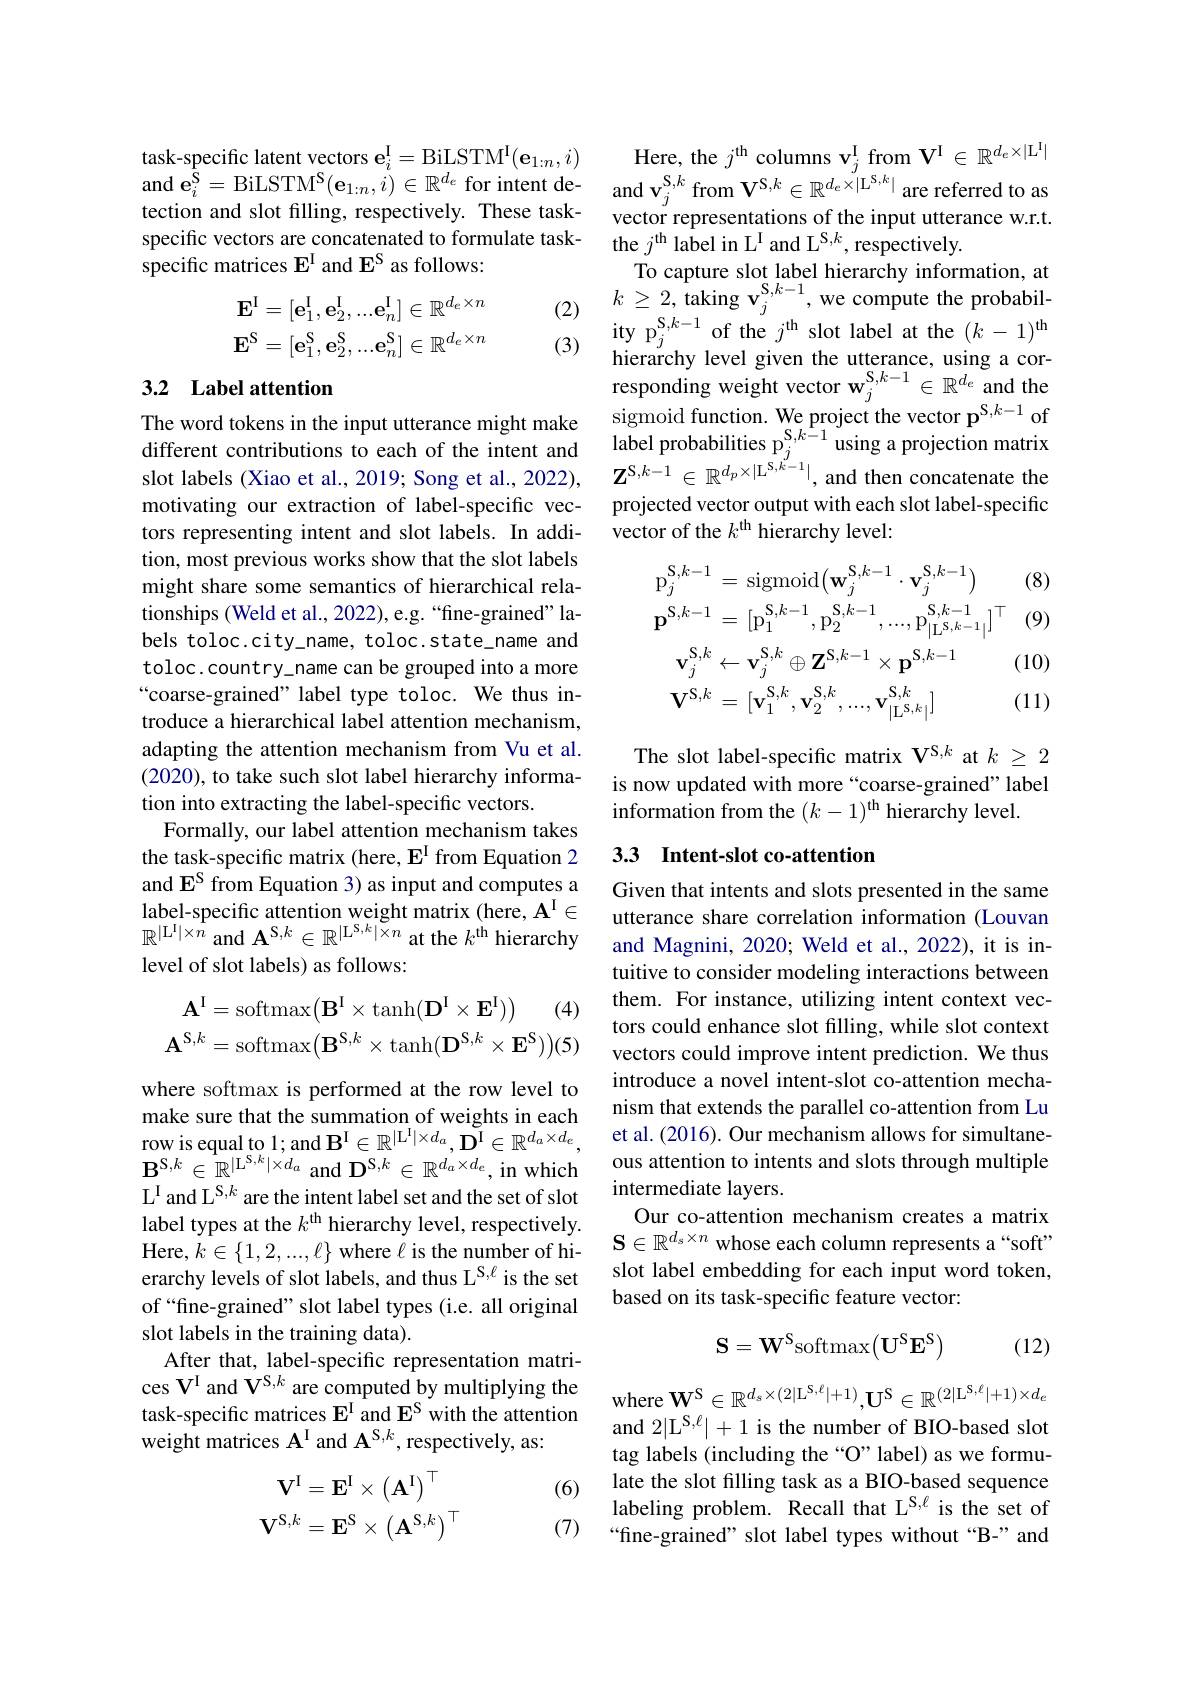
$\mathrm{task-specific~latent~vectors~e}_{i}^{\mathrm{I}}=\mathrm{BiLSTM}^{\mathrm{I}}(\mathbf{e}_{1:n},i)$ and $\mathbf{e}_i^{\hat{\mathrm{S}}}=$BiLSTM$^\mathrm{S}(\mathbf{e}_1:n,i)\in\mathbb{R}^{d_e}$ for intent detection and slot filling, respectively. These taskspecific vectors are concatenated to formulate taskspecific matrices E^I and $\mathbf{E}^\mathrm{S}$ as follows:

(2)
$$\begin{aligned}\mathbf{E}^\mathrm{I}&=[\mathbf{e}_1^\mathrm{I},\mathbf{e}_2^\mathrm{I},...\mathbf{e}_n^\mathrm{I}]\in\mathbb{R}^{d_e\times n}\\\mathbf{E}^\mathrm{S}&=[\mathbf{e}_1^\mathrm{S},\mathbf{e}_2^\mathrm{S},...\mathbf{e}_n^\mathrm{S}]\in\mathbb{R}^{d_e\times n}\end{aligned}$$
(3)

motivating our extraction of label-specific vectors representing intent and slot labels. In addition, most previous works show that the slot labels might share some semantics of hierarchical relationships (Weld et al., 2022), e.g. “fine-grained” labels toloc.city\_name, toloc.state\_name and toloc.country\_name can be grouped into a more “coarse-grained” label type toloc. We thus introduce a hierarchical label attention mechanism, adapting the attention mechanism from Vu et al. (2020), to take such slot label hierarchy information into extracting the label-specific vectors.
Formally, our label attention mechanism takes the task-specific matrix (here, E$^{\mathrm{I}}$ from Equation 2 and $\mathbf{E}^{\mathrm{S}}$ from Equation 3) as input and computes a label-specific attention weight matrix (here, $\mathbf{A}^\mathrm{I}\in$ $\mathbb{R}^{|\mathrm{L}^{\mathrm{I}}|\times\hat{n}}$ and $\mathbf{A}^{\mathrm{S},k}\in\mathbb{R}^{|\mathrm{L}^{\mathrm{S},k}|\times n}$ at the $k^\mathrm{th}$ hierarchy level of slot labels) as follows:
$$\mathbf{A}^{\mathrm{I}}=\mathrm{softmax}\big(\mathbf{B}^{\mathrm{I}}\times\mathrm{tanh}(\mathbf{D}^{\mathrm{I}}\times\mathbf{E}^{\mathrm{I}})\big)\quad(4)\\\mathbf{A}^{\mathrm{S},k}=\mathrm{softmax}\big(\mathbf{B}^{\mathrm{S},k}\times\mathrm{tanh}(\mathbf{D}^{\mathrm{S},k}\times\mathbf{E}^{\mathrm{S}})\big)(5)$$
where softmax is performed at the row level to make sure that the summation of weights in each row is equal to 1; and $\mathbf{B}^{\mathrm{I}}\in\mathbb{R}^{|\mathcal{L}^{\mathrm{I}}|\times d_{a}},\mathbf{D}^{\mathrm{I}}\in\mathbb{R}^{d_{a}\times d_{e}}$, $\mathbf{B}^{\mathrm{S},k}\in\mathbb{R}^{|\mathrm{L}^{\mathrm{S},k}|\times d_{a}}$ and $\mathbf{D}^{\mathrm{S},k}\in\mathbb{R}^{d_{a}\times d_{e}}$, in which L$^{\mathrm{I}}$ and L$^{\mathrm{S},k}$ are the intent label set and the set of slot label types at the $k^\mathrm{th}$ hierarchy level, respectively. Here, $k\in\{1,2,...,\ell\}$ where $\ell$ is the number of hierarchy levels of slot labels, and thus L$^{\mathrm{S},\ell}$ is the set of “fine-grained” slot label types (i.e. all original slot labels in the training data).
After that, label-specific representation matrices V'and V'S,k are computed by multiplying the task-specific matrices $\mathbf{E}^\mathrm{I}$ and $\mathbf{E}^\mathrm{S}$ with the attention weight matrices $\mathbf{A}^\mathrm{I}$ and $\mathbf{A}^\mathrm{S,k}$, respectively, as:

(6)
$$\mathbf{V}^{\mathrm{I}}=\mathbf{E}^{\mathrm{I}}\times\left(\mathbf{A}^{\mathrm{I}}\right)^{\top}\\\mathbf{V}^{\mathrm{S},k}=\mathbf{E}^{\mathrm{S}}\times\left(\mathbf{A}^{\mathrm{S},k}\right)^{\top}$$
(7)

Here, the $j^\mathrm{th}$ columns $\mathbf{v}_j^\mathrm{I}$ from $\mathbf{V}^\mathrm{I}\in\mathbb{R}^{d_e\times|\mathrm{L}^\mathrm{I}|}$ and $\mathbf{v}_{j}^{\mathrm{S,k}}$ from $\mathbf{V}^{\mathrm{S,k}}\in\mathbb{R}^{d_{e}\times|\mathrm{L}^{\mathrm{S,k}}|}$ are referred to as vector representations of the input utterance w.r.t. the $j^\mathrm{th}$ label in L$^\mathrm{I}$ and L$^\mathrm{S,k}$,respectively.
$\begin{array}{ll}{\text{To capture slot label hierarchy information, at}}\\{k\geq2,\text{taking v}_{j}^{\mathrm{S,}k-1},\text{we compute the probabil-}}\\\end{array}$ ity $p_{j}^{\mathrm{S} , k- 1}$ of the $j^{\mathrm{th}}$slot label at the $(k-1)^\mathrm{th}$ hierarchy level given the utterance, using a cor-
$\text{responding weight vector w}_j^{\mathrm{S, }k- 1}\in \mathbb{R} ^{d_e}$ and the The word tokens in the input utterance might make$\text{sigmoid function. Weproject the vector p}^{\mathrm{S, }k- 1}$of different contributions to each of the intent and$\text{label probabilities p}_j$
projected vector output with each slot label-specific
vector of the $k^\mathrm{th}$ hierarchy level:

(8)
$$\begin{aligned}\mathrm{p}_{j}^{\mathrm{S},k-1}&=\mathrm{sigmoid}\big(\mathbf{w}_{j}^{\mathrm{S},k-1}\cdot\mathbf{v}_{j}^{\mathrm{S},k-1}\big)\\\mathbf{p}^{\mathrm{S},k-1}&=[\mathrm{p}_{1}^{\mathrm{S},k-1},\mathrm{p}_{2}^{\mathrm{S},k-1},...,\mathrm{p}_{|\mathrm{L}^{\mathrm{S},k-1}|}^{\mathrm{S},k-1}]^{\top}\\\mathbf{v}_{j}^{\mathrm{S},k}&\leftarrow\mathbf{v}_{j}^{\mathrm{S},k}\oplus\mathbf{Z}^{\mathrm{S},k-1}\times\mathbf{p}^{\mathrm{S},k-1}&\text{(}\\\mathbf{V}^{\mathrm{S},k}&=[\mathbf{v}_{1}^{\mathrm{S},k},\mathbf{v}_{2}^{\mathrm{S},k},...,\mathbf{v}_{|\mathrm{L}^{\mathrm{S},k}|}^{\mathrm{S},k}]&\text{(}\end{aligned}$$
(9)

(10) (11)

The slot label-specific matrix V$^{\mathrm{S},k}$ at $k\geq2$ is now updated with more “coarse-grained” label information from the $(k-1)^\mathrm{th}$ hierarchy level.

## 3.3 Intent-slot co-attention

Given that intents and slots presented in the same utterance share correlation information (Louvan and Magnini, 2020; Weld et al., 2022), it is intuitive to consider modeling interactions between them. For instance, utilizing intent context vectors could enhance slot filling, while slot context vectors could improve intent prediction. We thus introduce a novel intent-slot co-attention mechanism that extends the parallel co-attention from Lu et al. (2016). Our mechanism allows for simultaneous attention to intents and slots through multiple intermediate layers.
Our co-attention mechanism creates a matrix $\mathbf{S}\in\mathbb{R}^{d_s\times n}$ whose each column represents a“soft” slot label embedding for each input word token, based on its task-specific feature vector:
$$\mathbf{S}=\mathbf{W}^\mathrm{S}\text{softmax}(\mathbf{U}^\mathrm{S}\mathbf{E}^\mathrm{S})$$
(12)

where $\mathbf{W}^{\mathrm{S}}\in\mathbb{R}^{d_{s}\times(2|\mathcal{L}^{\mathrm{S},\ell}|+1)},\mathbf{U}^{\mathrm{S}}\in\mathbb{R}^{(2|\mathcal{L}^{\mathrm{S},\ell}|+1)\times d_{e}}$ and 2$|\mathrm{L}^{\mathrm{S},\ell}|+1$ is the number of BIO-based slot tag labels (including the “O” label) as we formulate the slot filling task as a BIO-based sequence labeling problem. Recall that L$^{\mathrm{S},\ell}$ is the set of “fine-grained” slot label types without “B-”and